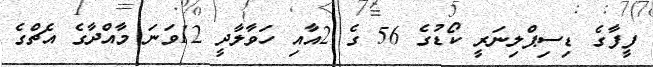
ފީފާގެ ޑިސިޕްލިނަރީ ކޯޑުގެ 56 ގެ 2އާއި ހަވާލާދީ 12ވަނަ މާއްދާގެ އެޗްގެ